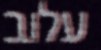
עלוב